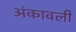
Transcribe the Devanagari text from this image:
अंकावली